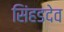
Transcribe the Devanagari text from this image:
सिंहडदेव